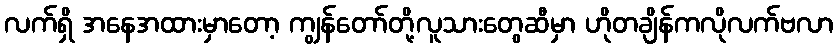
လက်ရှိ အနေအထားမှာတော့ ကျွန်တော်တို့လူသားတွေဆီမှာ ဟိုတချိန်ကလိုလက်ဗလာ